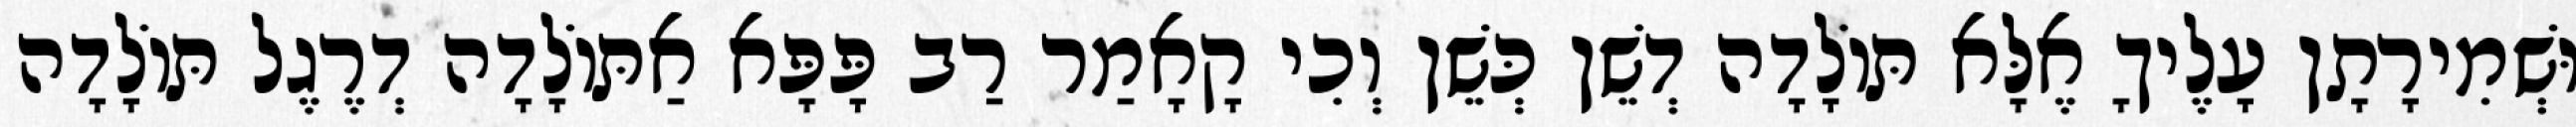
וּשְׁמִירָתָן עָלֶיךָ אֶלָּא תּוֹלָדָה דְשֵׁן כְּשֵׁן וְכִי קָאָמַר רַב פָּפָּא אַתּוֹלָדָה דְרֶגֶל תּוֹלָדָה